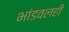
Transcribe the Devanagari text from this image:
भांडवलही